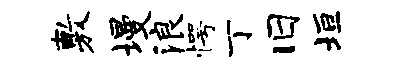
敷墁浪愕丁旧垣